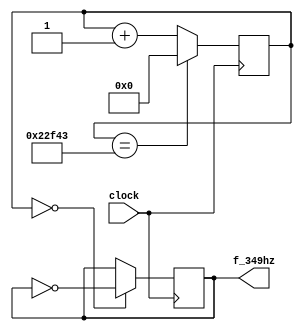
`timescale 1ns / 1ps
//////////////////////////////////////////////////////////////////////////////////
// Company: 
// Engineer: 
// 
// Design Name: 
// Module Name: f_349hz
// Project Name: 
// Target Devices: 
// Tool Versions: 
// Description: 
// 
// Dependencies: 
// 
// Revision:
// Revision 0.01 - File Created
// Additional Comments:
// 
//////////////////////////////////////////////////////////////////////////////////

module f_349hz(
    input clock,
    output reg f_349hz = 0
    );
    
    reg [31:0] count = 0;
    
    always @(posedge clock)
    begin
        count <= (count == 31'd143171) ? 0 : count + 1;
        f_349hz <= (count == 0) ? ~f_349hz : f_349hz ;
    end
    endmodule